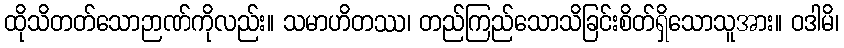
ထိုသိတတ်သောဉာဏ်ကိုလည်း။ သမာဟိတဿ၊ တည်ကြည်သောသိခြင်းစိတ်ရှိသောသူအား။ ဝဒါမိ၊